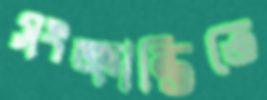
সংক্রান্তিতে